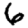
Digit: 6